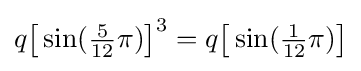
q{\bigl [}\sin({\tfrac {5}{12}}\pi ){\bigr ]}^{3}=q{\bigl [}\sin({\tfrac {1}{12}}\pi ){\bigr ]}